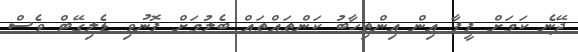
ދޭނެ ކަމަށް ފީފާ އިން އިންތިހާބު ކަންތައްތައް ބެލުމަށް ފޮނުވި ޑެލިގޭޓް ވެސް